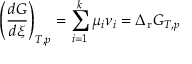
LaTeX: \left( { \frac { d G } { d \xi } } \right) _ { T , p } = \sum _ { i = 1 } ^ { k } \mu _ { i } \nu _ { i } = \Delta _ { \mathrm { r } } G _ { T , p }